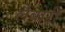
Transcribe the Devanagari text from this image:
लैबोरी